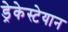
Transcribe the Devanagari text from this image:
ड्रेकेस्टेयान